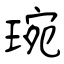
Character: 琬